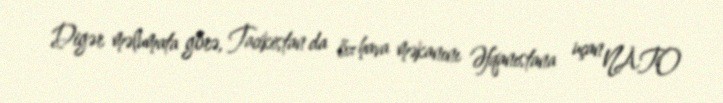
Digər məlumata görə, Tacikistan da öz hava məkanını Əfqanıstana uçan NATO